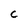
Character: c